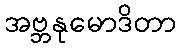
အဗ္ဘနုမောဒိတာ